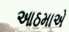
આઠમાએ